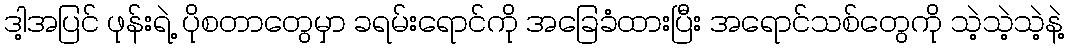
ဒါ့အပြင် ဖုန်းရဲ့ ပိုစတာတွေမှာ ခရမ်းရောင်ကို အခြေခံထားပြီး အရောင်သစ်တွေကို သဲ့သဲ့သဲ့နဲ့